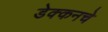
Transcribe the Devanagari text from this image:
डेक्कनचे